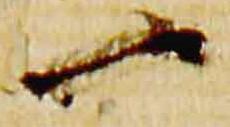
一